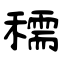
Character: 穤